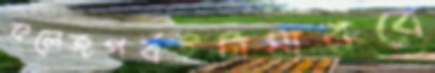
কলেজপর্বইটামারবে